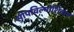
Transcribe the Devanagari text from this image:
सोपविल्याशिवाय